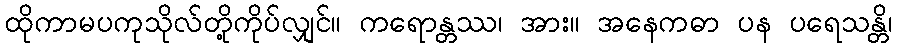
ထိုကာမပကုသိုလ်တို့ကိုပ်လျှင်။ ကရောန္တဿ၊ အား။ အနေကဓာ ပန ပရေသန္တိ၊